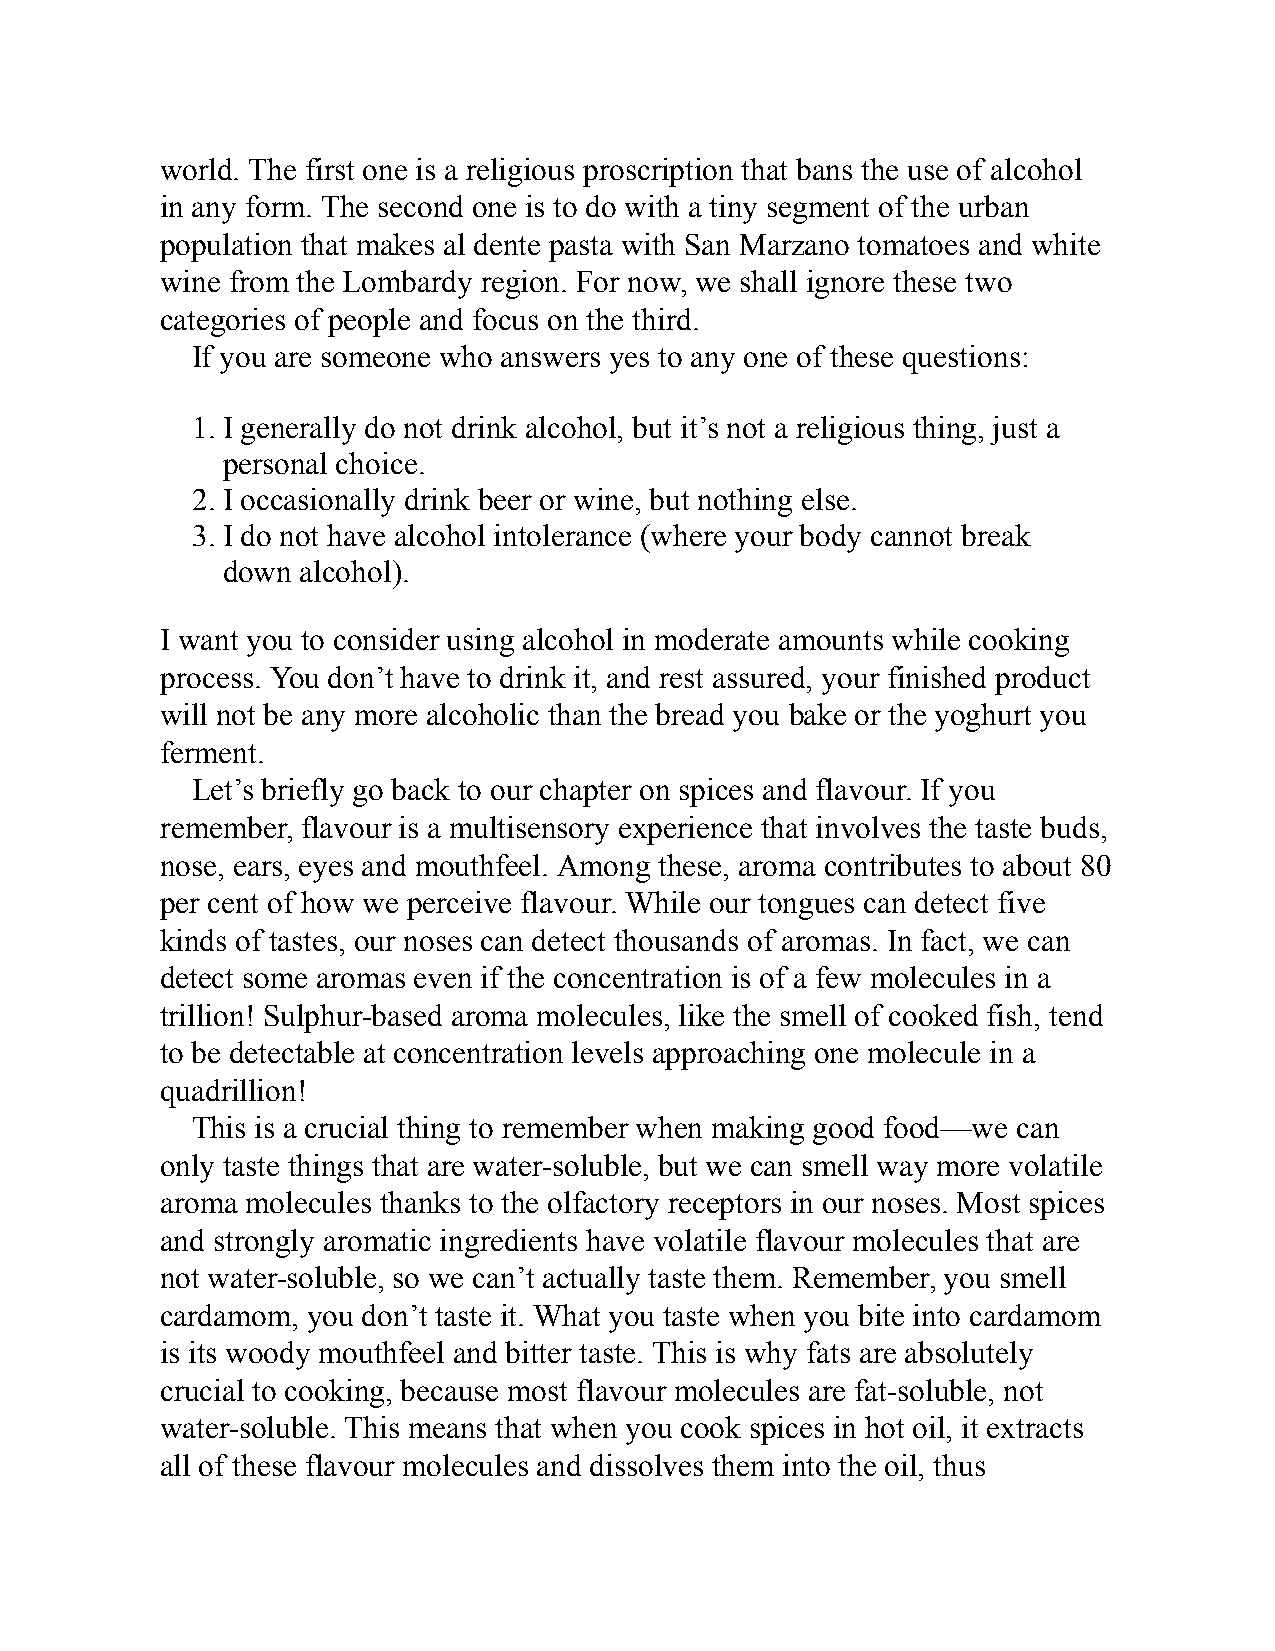
world. The first one is a religious proscription that bans the use of alcohol
 in any form. The second one is to do with a tiny segment of the urban
 population that makes al dente pasta with San Marzano tomatoes and white
 wine from the Lombardy region. For now, we shall ignore these two
 categories of people and focus on the third.
 If you are someone who answers yes to any one of these questions:
 1. I generally do not drink alcohol, but it’s not a religious thing, just a
 personal choice.
 2. I occasionally drink beer or wine, but nothing else.
 3. I do not have alcohol intolerance (where your body cannot break
 down alcohol).
 I want you to consider using alcohol in moderate amounts while cooking
 process. You don’t have to drink it, and rest assured, your finished product
 will not be any more alcoholic than the bread you bake or the yoghurt you
 ferment.
 Let’s briefly go back to our chapter on spices and flavour. If you
 remember, flavour is a multisensory experience that involves the taste buds,
 nose, ears, eyes and mouthfeel. Among these, aroma contributes to about 80
 per cent of how we perceive flavour. While our tongues can detect five
 kinds of tastes, our noses can detect thousands of aromas. In fact, we can
 detect some aromas even if the concentration is of a few molecules in a
 trillion! Sulphur-based aroma molecules, like the smell of cooked fish, tend
 to be detectable at concentration levels approaching one molecule in a
 quadrillion!
 This is a crucial thing to remember when making good food—we can
 only taste things that are water-soluble, but we can smell way more volatile
 aroma molecules thanks to the olfactory receptors in our noses. Most spices
 and strongly aromatic ingredients have volatile flavour molecules that are
 not water-soluble, so we can’t actually taste them. Remember, you smell
 cardamom, you don’t taste it. What you taste when you bite into cardamom
 is its woody mouthfeel and bitter taste. This is why fats are absolutely
 crucial to cooking, because most flavour molecules are fat-soluble, not
 water-soluble. This means that when you cook spices in hot oil, it extracts
 all of these flavour molecules and dissolves them into the oil, thus